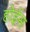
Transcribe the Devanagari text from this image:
होईस